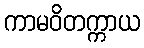
ကာမဝိတက္ကာယ